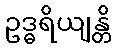
ဥဒ္ဓရိယျန္တိ